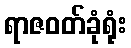
ရာဇဝတ်ခုံရုံး